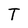
Character: T